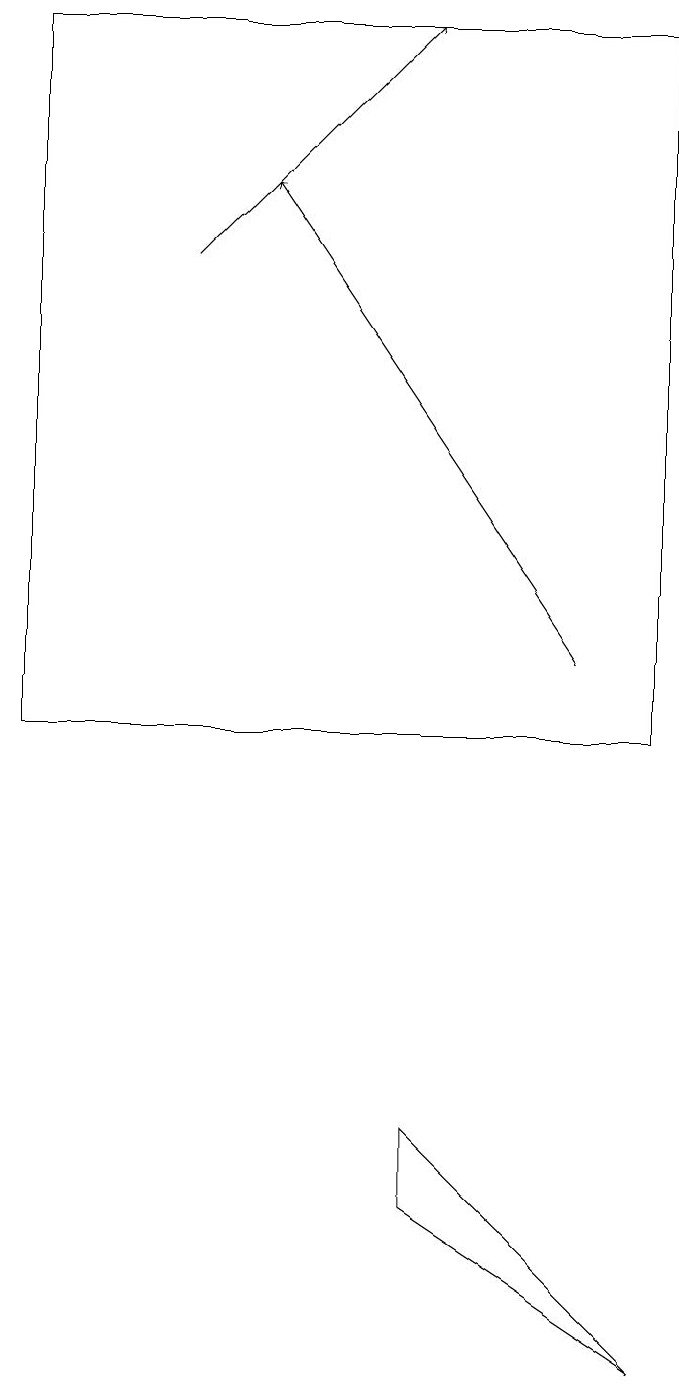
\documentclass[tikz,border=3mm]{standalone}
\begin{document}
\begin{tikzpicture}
\draw[->] (7,11) -- (3,17);
\draw (5,5) -- (5,4) -- (8,2) -- cycle;
\draw (0,19) rectangle (8,10);
\draw[->] (2,16) -- (5,19);
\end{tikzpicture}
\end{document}